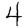
Digit: 4